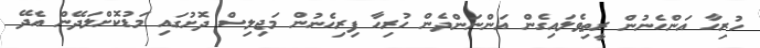
ހުރިހާ އަންހެނުން ރީތިވެލައިގެން އަންނަންދެން ހުރިހާ ފިރިހެނުން މަޖިލިސް ދޮށުގައި މަޑުކޮށްލަދޭން އެދޭ